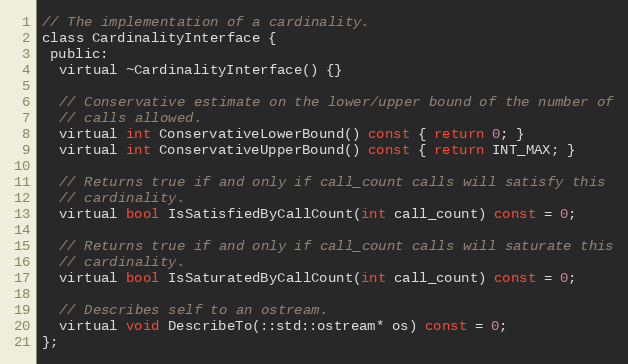
Language: C
// The implementation of a cardinality.
class CardinalityInterface {
 public:
  virtual ~CardinalityInterface() {}

  // Conservative estimate on the lower/upper bound of the number of
  // calls allowed.
  virtual int ConservativeLowerBound() const { return 0; }
  virtual int ConservativeUpperBound() const { return INT_MAX; }

  // Returns true if and only if call_count calls will satisfy this
  // cardinality.
  virtual bool IsSatisfiedByCallCount(int call_count) const = 0;

  // Returns true if and only if call_count calls will saturate this
  // cardinality.
  virtual bool IsSaturatedByCallCount(int call_count) const = 0;

  // Describes self to an ostream.
  virtual void DescribeTo(::std::ostream* os) const = 0;
};